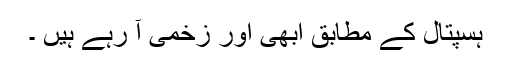
ہسپتال کے مطابق ابھی اور زخمی آ رہے ہیں ۔